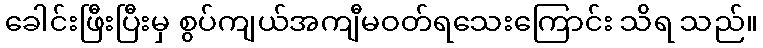
ခေါင်းဖြီးပြီးမှ စွပ်ကျယ်အကျီမဝတ်ရသေးကြောင်း သိရ သည်။